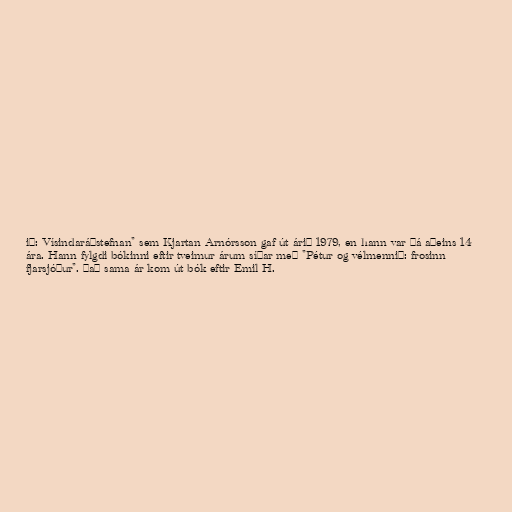
ið: Vísindaráðstefnan" sem Kjartan Arnórsson gaf út árið 1979, en hann var þá aðeins 14
ára. Hann fylgdi bókinni eftir tveimur árum síðar með "Pétur og vélmennið: frosinn
fjarsjóður". Það sama ár kom út bók eftir Emil H.